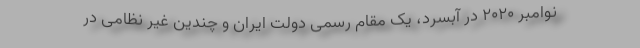
نوامبر ۲۰۲۰ در آبسرد، یک مقام رسمی دولت ایران و چندین غیر نظامی در